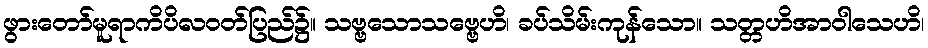
ဖွားတော်မူရာကိပိလဝတ်ပြည်၌။ သဗ္ဗသောသဗ္ဗေဟိ၊ ခပ်သိမ်းကုန်သော။ သတ္တဟိအာဝါသေဟိ၊